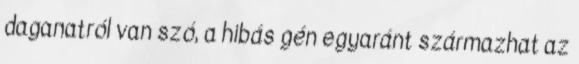
daganatról van szó, a hibás gén egyaránt származhat az